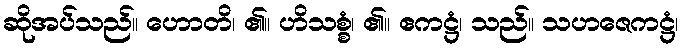
ဆိုအပ်သည်။ ဟောတိ၊ ၏။ ဟိသစ္စံ၊ ၏။ ဧကဋ္ဌံ၊ သည်။ သဟဇေကဋ္ဌံ၊